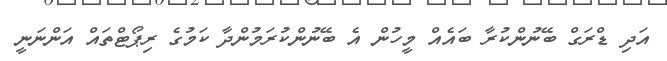
އަދި ޑްރަގް ބޭނުންކުރާ ބައެއް މީހުން އެ ބޭނުންކުރަމުންދާ ކަމުގެ ރިޕޯޓްތައް އަންނަނީ